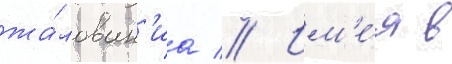
жа́лован'иа // Им'е́я в